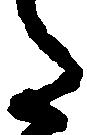
た